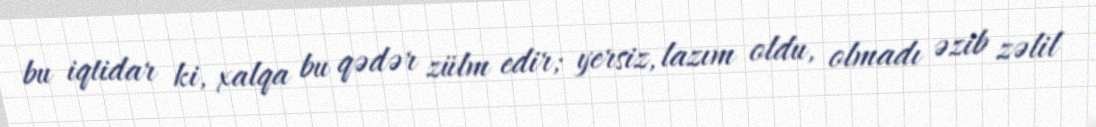
bu iqtidar ki, xalqa bu qədər zülm edir; yersiz, lazım oldu, olmadı əzib zəlil